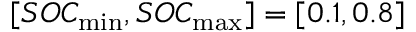
[ S O C _ { \operatorname* { m i n } } , S O C _ { \operatorname* { m a x } } ] = [ 0 . 1 , 0 . 8 ]